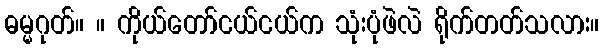
ဓမ္မဂုတ်။ ။ ကိုယ်တော်ငယ်ငယ်က သုံးပုံဖဲလဲ ရိုက်တတ်သလား။